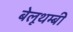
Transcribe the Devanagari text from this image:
बेलूथम्बी